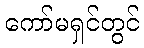
ကော်မရှင်တွင်